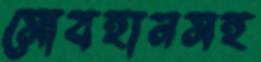
সোবহানসহ